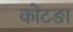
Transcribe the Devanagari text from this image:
कोटङा